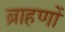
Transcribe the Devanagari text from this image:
ब्राहणों